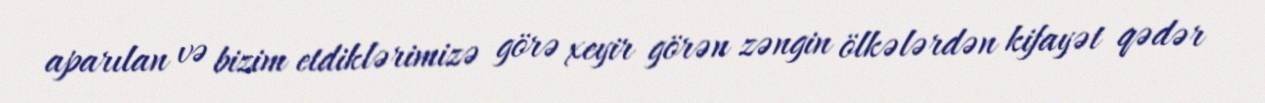
aparılan və bizim etdiklərimizə görə xeyir görən zəngin ölkələrdən kifayət qədər